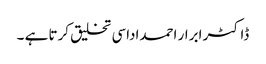
ڈاکٹر ابرار احمداداسی تخلیق کرتا ہے ۔